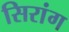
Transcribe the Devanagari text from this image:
सिरांग